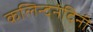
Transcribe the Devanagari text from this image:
कलिन्दनंदिनी